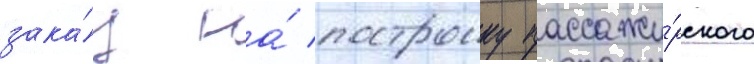
зака́з на́ построику пассажи́рского